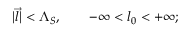
| \overrightarrow { l } | < \Lambda _ { S } , \qquad - \infty < l _ { 0 } < + \infty ;